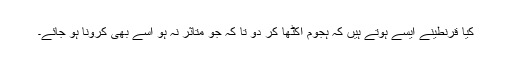
کیا قرنطینے ایسے ہوتے ہیں کہ ہجوم اکٹھا کر دو تا کہ جو متاثر نہ ہو اسے بھی کرونا ہو جائے۔